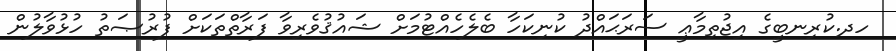
ހދ.ކުރިނބީގެ އިޖުތިމާޢީ ސަރަޙައްދު ކުނިކަހާ ބެލެހެއްޓުމަށް ޝައުޤުވެރިވާ ފަރާތްތަކަށް ފުރުޞަތު ހުޅުވާލުން